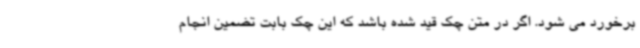
برخورد می شود. اگر در متن چک قید شده باشد که این چک بابت تضمین انجام